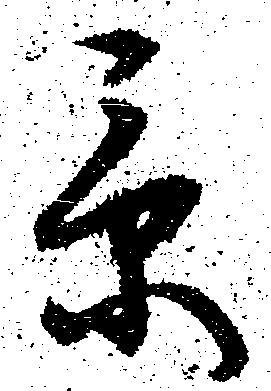
景